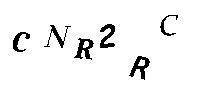
CNR2RC